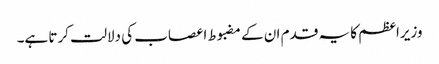
وزیراعظم کا یہ قدم ان کے مضبوط اعصاب کی دلالت کرتا ہے۔